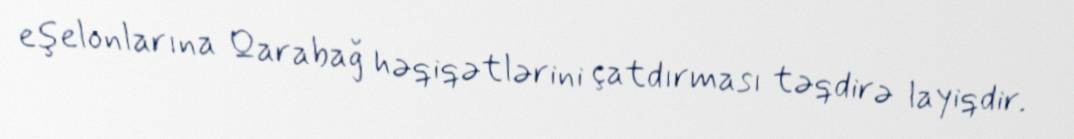
eşelonlarına Qarabağ həqiqətlərini çatdırması təqdirə layiqdir.